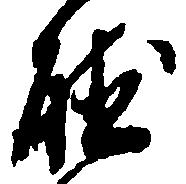
聴